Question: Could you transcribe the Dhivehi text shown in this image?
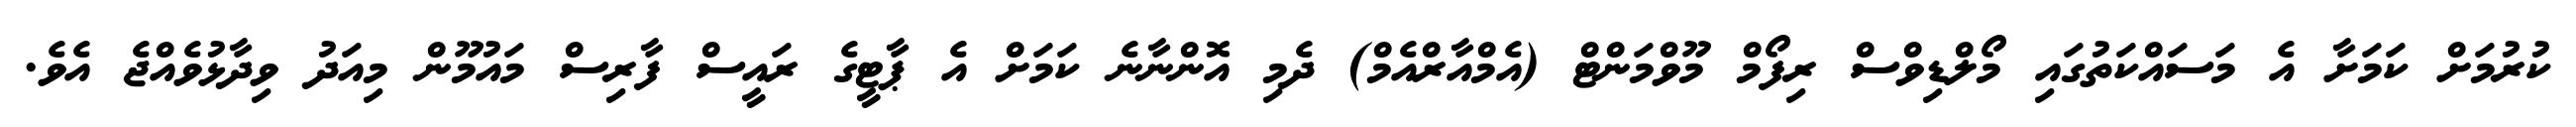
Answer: ކުރުމަށް ކަމަށާ އެ މަސައްކަތުގައި މޯލްޑިވްސް ރިފޯމް މޫވްމަންޓް (އެމްއާރްއެމް) ދެމި އޮންނާނެ ކަމަށް އެ ޕާޓީގެ ރައީސް ފާރިސް މައުމޫން މިއަދު ވިދާޅުވެއްޖެ އެވެ.